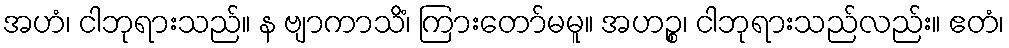
အဟံ၊ ငါဘုရားသည်။ န ဗျာကာသိံ၊ ကြားတော်မမူ။ အဟဉ္စ၊ ငါဘုရားသည်လည်း။ ဧတံ၊